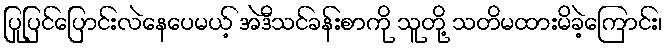
ပြုပြင်ပြောင်းလဲနေပေမယ့် အဲဒီသင်ခန်းစာကို သူတို့ သတိမထားမိခဲ့ကြောင်း၊